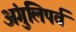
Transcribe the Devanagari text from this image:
अंगुलिपर्व